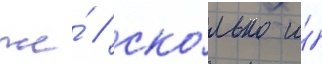
же́ / ско́лько и́